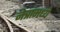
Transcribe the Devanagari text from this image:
नेत्रांमध्ये